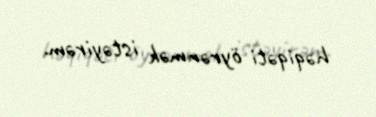
həqiqəti öyrənmək istəyirəm.